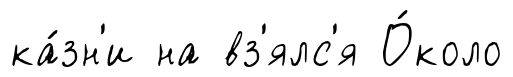
ка́зн'и на вз'ялс'я О́коло